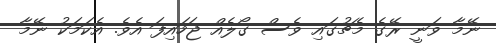
ނޭމާ ވަނީ ރޭގެ މެޗުގައި ވެސް ގޯލެއް ޖަހައިފަ އެވެ. އެކަމަކު ނޭމާ